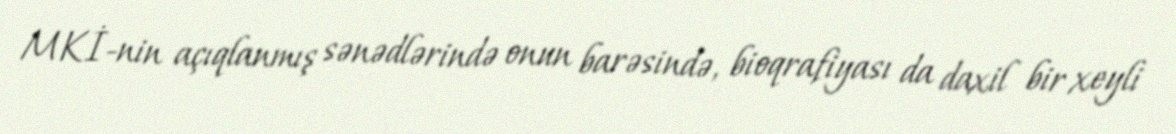
MKİ-nin açıqlanmış sənədlərində onun barəsində, bioqrafiyası da daxil bir xeyli